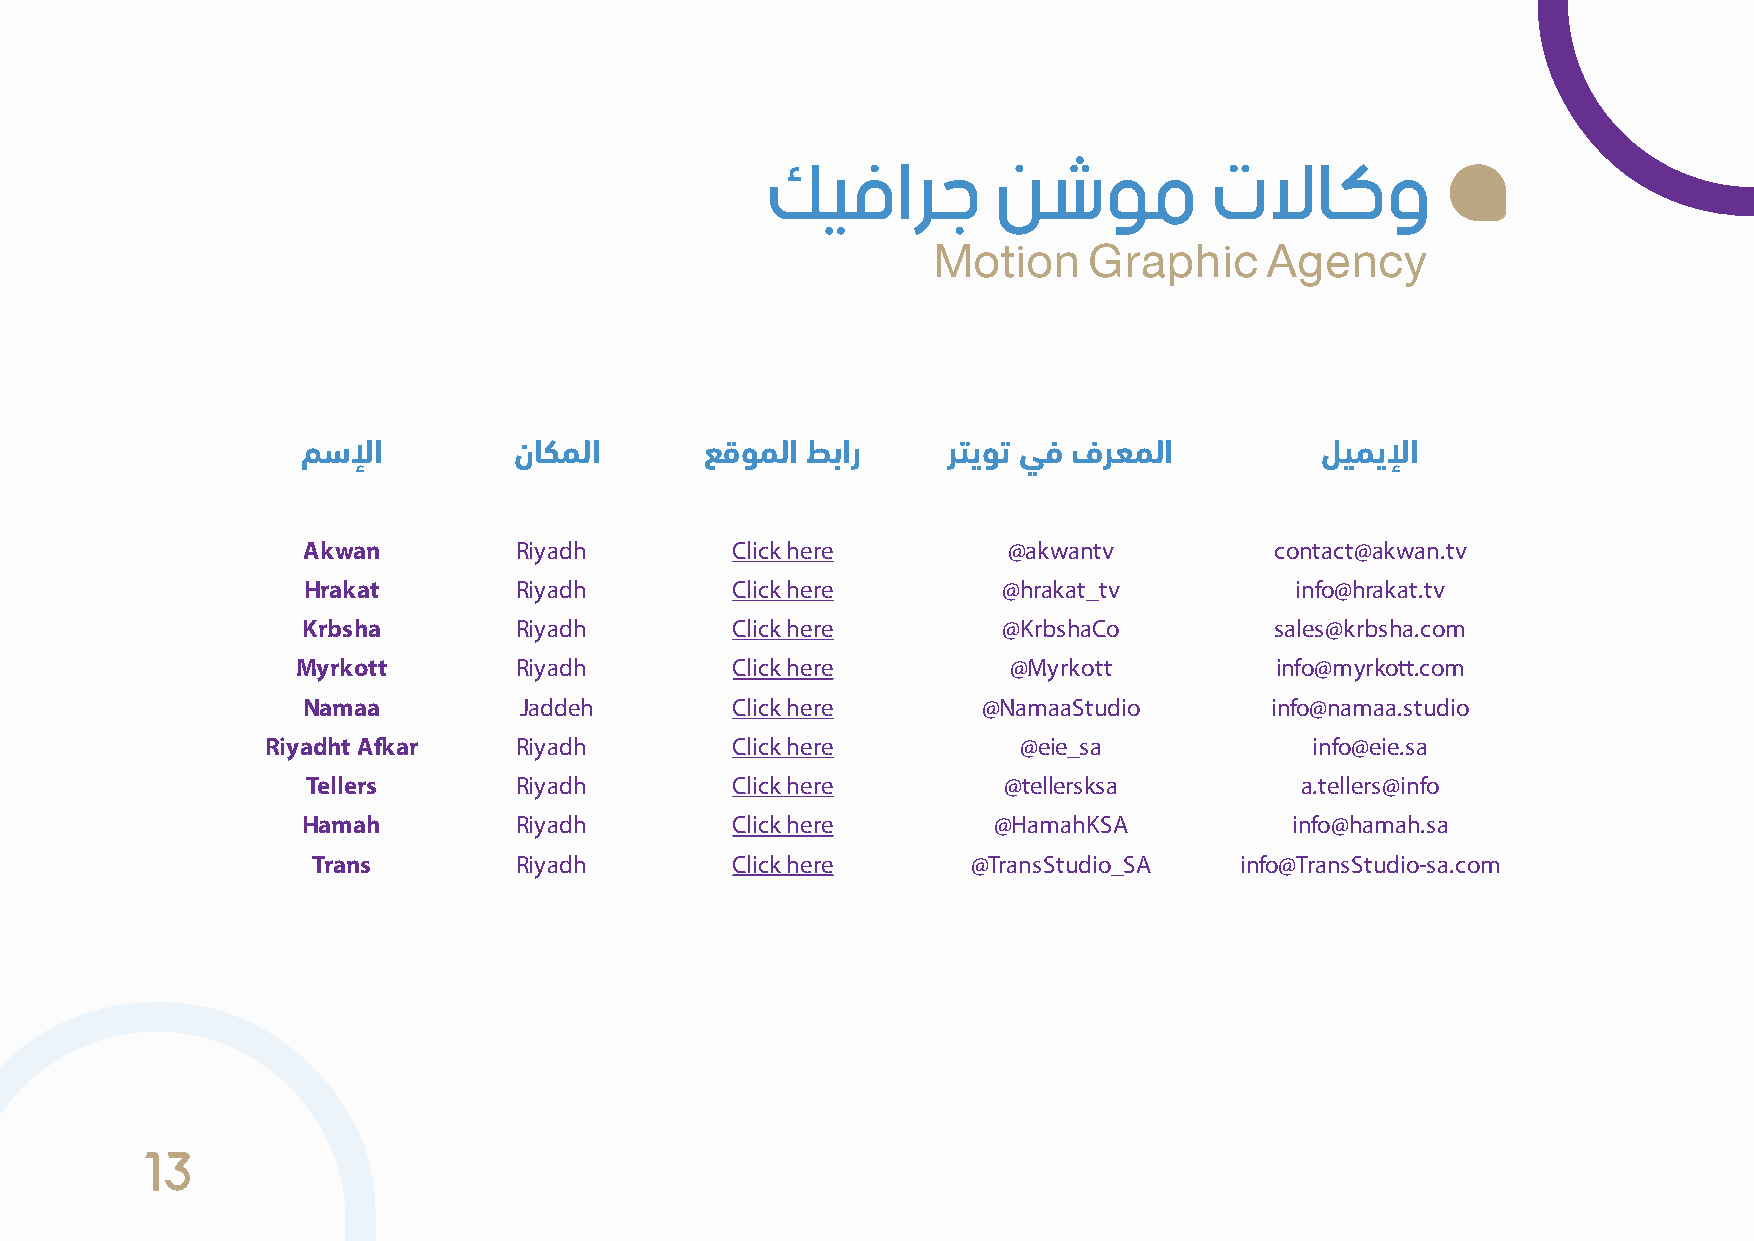
ﻚﻴﻓﺍﺮﺟ         ﻦﺷﻮﻣ          ﺕﻻﺎﻛﻭ
 Motion    Graphic     Agency
 ﻢﺳﻹا          نﺎﻜﻤﻟا       ﻊﻗﻮﻤﻟا ﻂﺑار     ﺮﺘﻳﻮﺗ ﻲﻓ فﺮﻌﻤﻟا          ﻞﻴﻤﻳﻹا
 Akwan         Riyadh        Click here         @akwantv         contact@akwan.tv
 Hrakat        Riyadh        Click here        @hrakat_tv          info@hrakat.tv
 Krbsha        Riyadh        Click here        @KrbshaCo         sales@krbsha.com
 Myrkott       Riyadh        Click here         @Myrkott         info@myrkott.com
 Namaa         Jaddeh        Click here       @NamaaStudio       info@namaa.studio
 Riyadht Afkar   Riyadh        Click here          @eie_sa            info@eie.sa
 Tellers       Riyadh        Click here        @tellersksa         a.tellers@info
 Hamah         Riyadh        Click here        @HamahKSA           info@hamah.sa
 Trans        Riyadh        Click here      @TransStudio_SA   info@TransStudio-sa.com
 13